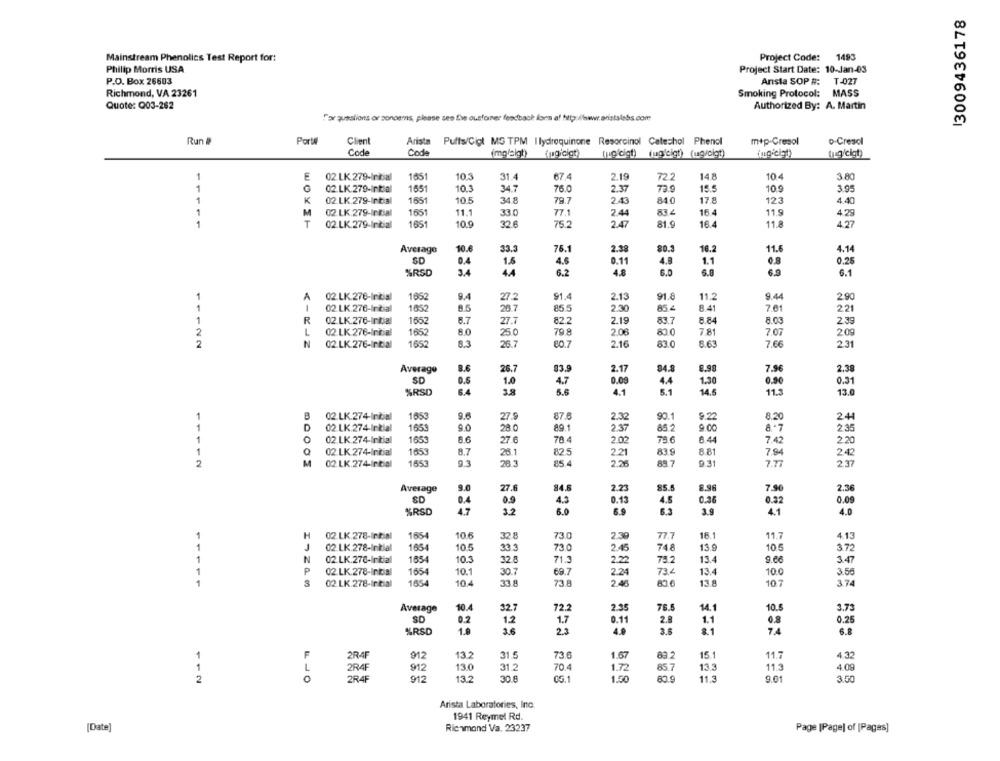
13009436178
Mainstream Phenolics Test Report for:
Project Code:
1493
Philip Morris USA
Project Start Date: 10-Jan-03
P.O. Box 26603
Arista SOP #: T-027
Richmond, VA 23261
Smoking Protocol: MASS
Quote: Q03-262
Authorized By: A. Martin
Far questions or concerns, please see the ousfoner feedback form a! http:/www.aristalabs.com
Run #
Porte
Client
Arista
Puffs/Cigl MS TPM I lydroquinone Resorcinol Catechol Phenol
mep-Cresol
o-Cresci
Code
Code
(mgleigt)
(pgiciat)
[Lo cigt) fug'cigt) (ug/cigt)
(ing/cigt)
fugicit)
1
E
02 LK 279-Intial
1651
103
31.4
67.4
2.19
72.2
14.8
10 4
3.80
1
02.LK.279-Initial
1651
10.3
34.7
76.0
2.37
72.9
15.5
10.9
3.95
1
02.LK.279-Initial
1651
10.5
34 8
79.7
2.43
840
17 8
K
123
4.40
1
M
02 LK.279-Initial
1651
11.1
33.0
77.1
2.44
83 4
16. 4
11.9
4 .29
1
T
02.LK.279-Inicial
1651
10.9
32.6
75.2
2.47
81.9
16.
11.8
4.27
Average
10.6
33.3
76.1
2.38
80.3
10.2
11.6
4.14
SD
0.4
4.6
0.1
4.8
1.1
0.8
0.25
%RSD
3.4
15
6.2
4.8
6.0
6.8
6.9
6.1
A
02.LK.276-Initial
1652
9.4
27.2
91.4
2.13
91.8
11.2
9.44
2.90
1
1
02 LK.276-Initial
1652
9.5
26.7
85.5
2.30
85 4
8.41
7.61
221
1
R
02 LK.276-Intial
1652
8.7
27.7
82.2
2.19
83.7
8.84
8.03
2.39
2
L
02 LK 276-Inicial
1652
25.0
79.8
2.06
800
7.81
7.07
209
N
1652
26.7
2.16
83.0
8.63
7.66
80.7
2.31
Average
8.6
26.7
83.9
2.17
84.8
8.98
7.96
2.38
SD
1.30
1.0
4.7
0.09
4.4
0.90
0.31
%RSD
6.4
3.8
5.6
4.1
5.1
14.5
11.3
13.0
B
02.LK.274-Initial
1653
9.6
27.9
87.6
90.1
9.22
8.20
24
D
02 LK 274-Initial
9.0
28 0
89.1
2.33
2.37
85.2
1653
9.00
8 .- 7
2.35
0
02 LK 274-Initial
1653
27.6
78.4
2.02
75.6
6.44
7.42
2.20
1453
83.9
8.81
02 LK 274-Initial
8.7
26.1
82.5
2.21
7.94
242
11112
M
02 LK.274-Initial
1653
9.3
28.3
85.4
89.7
9.31
7.77
2.37
Average
9.0
27.6
84.6
2.23
85.5
8.96
7.90
2.36
SD
0.9
0.13
0.35
0.32
0.09
%RSD
4.7
3.2
5.0
4.5
3.9
4.1
4.0
H
02 LK 278-Intial
1654
10 6
32 8
730
2.39
77.7
16.1
11.7
4.13
02 LK 278-Initial
1654
10.5
33.3
73.0
2.45
748
13.9
105
3.72
N
02.LK.278-Initial
1654
10.3
32.8
71.3
2.22
75.2
13.4
9.66
3.47
P
02 LK.278-Initial
1654
10.1
30.7
69.7
2.24
73.4
13.4
10.0
3.56
S
02 LK.278-Initial
1654
104
33.8
73.8
2.46
83.6
13.8
107
3.74
Average
10.4
32.7
72.2
2.35
76.5
14.1
10.5
3.73
SD
0.2
1.2
1.7
0.11
2.8
1.1
0.25
%RSD
1.9
2.3
4.0
3.6
8.1
74
6.8
912
13.2
31.5
73.6
1.67
89.2
15.1
11.7
4.32
F
2R4F
L
2RAF
912
13.0
31.2
70.4
1.72
85.7
13.3
11.3
4.09
0
2R4F
912
13.2
30.8
0G.1
1.50
11.3
9.01
3.00
2
80.9
Arista Laboratories, Inc.
1941 Reymel Rd.
[Date]
Richmond Va. 23237
Page [Page] of [Pages]